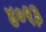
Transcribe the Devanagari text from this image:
४०१३